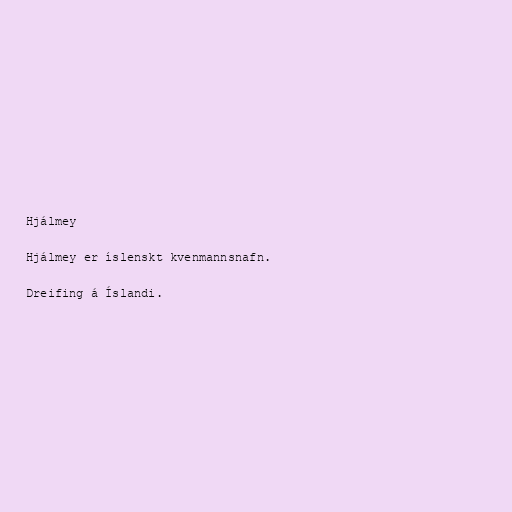
Hjálmey

Hjálmey er íslenskt kvenmannsnafn.

Dreifing á Íslandi.